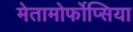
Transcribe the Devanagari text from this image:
मेतामोर्फोप्सिया